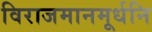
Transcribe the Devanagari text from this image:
विराजमानमूर्धनि